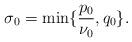
LaTeX: \begin{align*}\sigma_0=\min\{\frac{p_0}{\nu_0}, q_0\}.\end{align*}